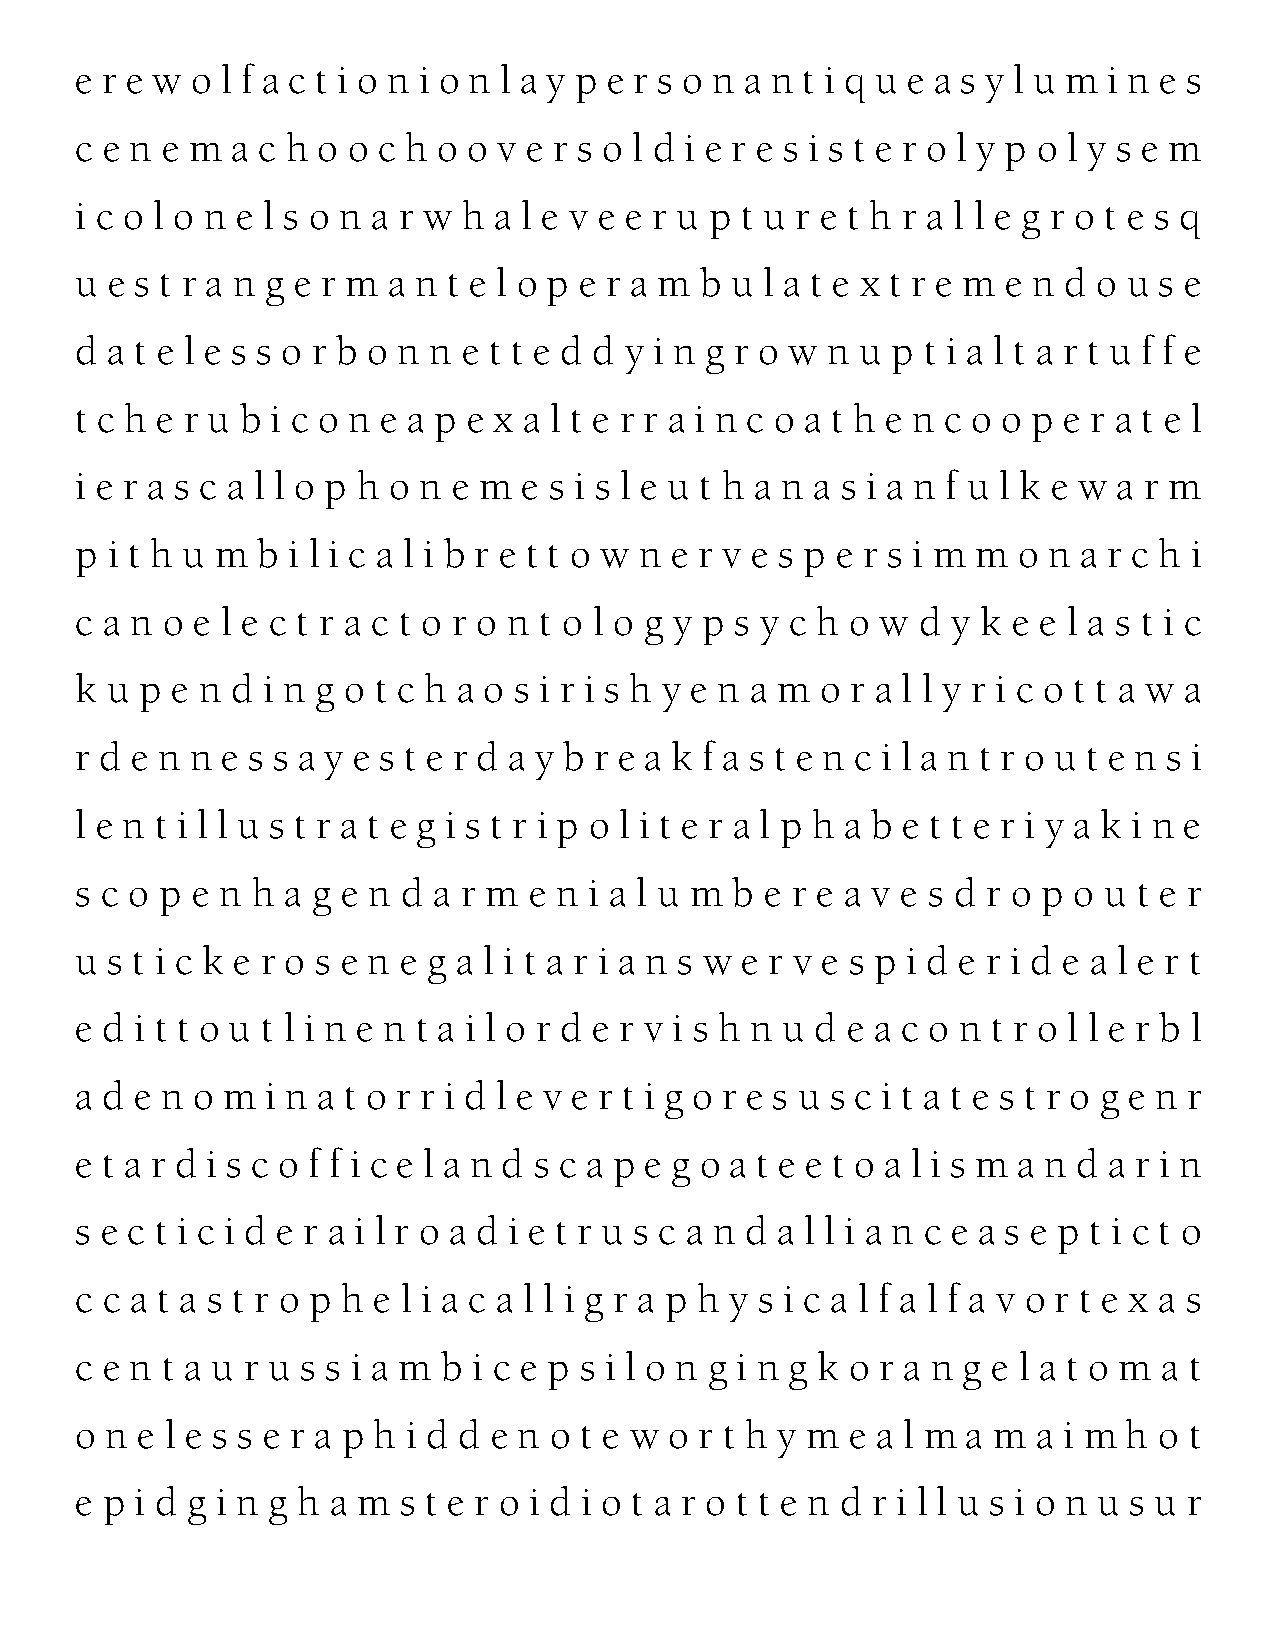
e r e w o l f a c t i o n i o n l a y p e r s o n a n t i q u e a s y l u m i n e s
 c e n e m a c h o o c h o o v e r s o l d i e r e s i s t e r o l y p o l y s e m
 i c o l o n e l s o n a r w h a l e v e e r u p t u r e t h r a l l e g r o t e s q
 u e s t r a n g e r m a n t e l o p e r a m b u l a t e x t r e m e n d o u s e
 d a t e l e s s o r b o n n e t t e d d y i n g r o w n u p t i a l t a r t u f f e
 t c h e r u b i c o n e a p e x a l t e r r a i n c o a t h e n c o o p e r a t e l
 i e r a s c a l l o p h o n e m e s i s l e u t h a n a s i a n f u l k e w a r m
 p i t h u m b i l i c a l i b r e t t o w n e r v e s p e r s i m m o n a r c h i
 c a n o e l e c t r a c t o r o n t o l o g y p s y c h o w d y k e e l a s t i c
 k u p e n d i n g o t c h a o s i r i s h y e n a m o r a l l y r i c o t t a w a
 r d e n n e s s a y e s t e r d a y b r e a k f a s t e n c i l a n t r o u t e n s i
 l e n t i l l u s t r a t e g i s t r i p o l i t e r a l p h a b e t t e r i y a k i n e
 s c o p e n h a g e n d a r m e n i a l u m b e r e a v e s d r o p o u t e r
 u s t i c k e r o s e n e g a l i t a r i a n s w e r v e s p i d e r i d e a l e r t
 e d i t t o u t l i n e n t a i l o r d e r v i s h n u d e a c o n t r o l l e r b l
 a d e n o m  i n a t o r r i d l e v e r t i g o r e s u s c i t a t e s t r o g e n r
 e t a r d i s c o f f i c e l a n d s c a p e g o a t e e t o a l i s m a n d a r i n
 s e c t i c i d e r a i l r o a d i e t r u s c a n d a l l i a n c e a s e p t i c t o
 c c a t a s t r o p h e l i a c a l l i g r a p h y s i c a l f a l f a v o r t e x a s
 c e n t a u r u s s i a m b i c e p s i l o n g i n g k o r a n g e l a t o m a t
 o n e l e s s e r a p h i d d e n o t e w o r t h y m e a l m a m a i m h o t
 e p i d g i n g h a m s t e r o i d i o t a r o t t e n d r i l l u s i o n u s u r